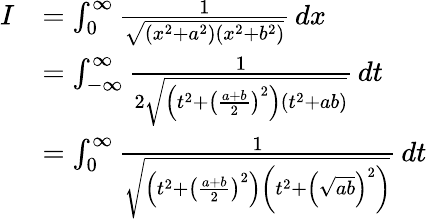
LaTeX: {\begin{array}{rl}{I}&{=\int_{0}^{\infty}{\frac{1}{\sqrt{(x^{2}+a^{2})(x^{2}+b^{2})}}}\, dx}\\ &{=\int_{-\infty}^{\infty}{\frac{1}{2{\sqrt{\left(t^{2}+\left({\frac{a+b}{2}}\right)^{2}\right)(t^{2}+ab)}}}}\, dt}\\ &{=\int_{0}^{\infty}{\frac{1}{\sqrt{\left(t^{2}+\left({\frac{a+b}{2}}\right)^{2}\right)\left(t^{2}+\left({\sqrt{ab}}\right)^{2}\right)}}}\, dt}\end{array}}